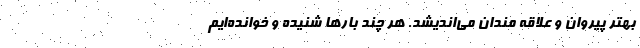
بهتر پیروان و علاقه مندان می‌اندیشد. هر چند بارها شنیده و خوانده‌ایم